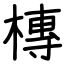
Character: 槫